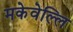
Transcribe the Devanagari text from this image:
मकेवेल्लि